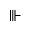
\Vvdash